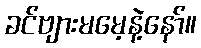
ခင်ဗျားမမေ့နဲ့နော်။